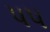
પપ